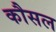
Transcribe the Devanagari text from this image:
कौसल